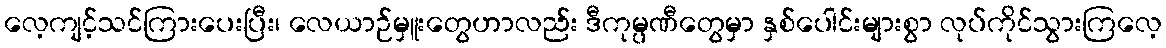
လေ့ကျင့်သင်ကြားပေးပြီး၊ လေယာဉ်မှူးတွေဟာလည်း ဒီကုမ္ပဏီတွေမှာ နှစ်ပေါင်းများစွာ လုပ်ကိုင်သွားကြလေ့